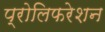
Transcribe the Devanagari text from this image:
प्रोलिफरेशन